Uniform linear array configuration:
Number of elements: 64
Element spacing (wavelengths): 0.75
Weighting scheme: kaiser
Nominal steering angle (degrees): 45
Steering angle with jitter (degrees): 44.52
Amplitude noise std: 0.05
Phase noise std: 0.05

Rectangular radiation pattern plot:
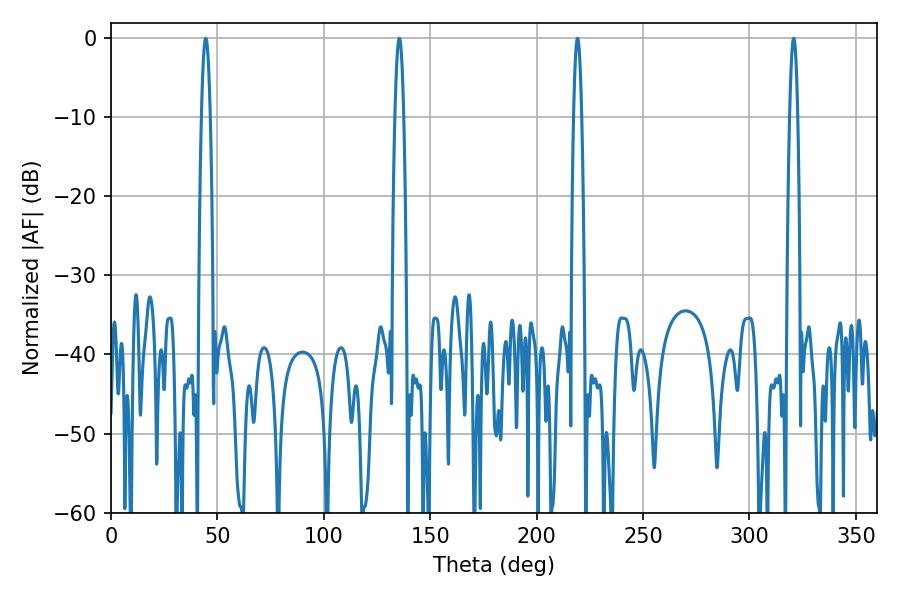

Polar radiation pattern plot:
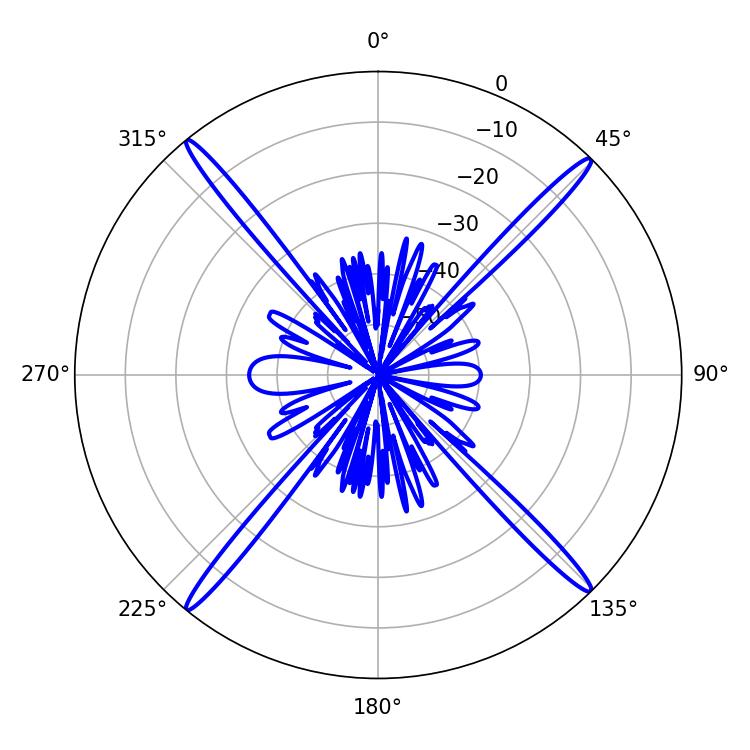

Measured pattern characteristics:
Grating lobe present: TRUE
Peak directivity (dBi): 22.876
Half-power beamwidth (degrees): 2.16
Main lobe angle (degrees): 219.24